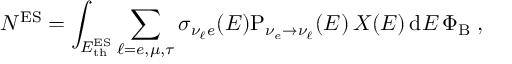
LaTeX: N ^ { \mathrm { E S } } = \int _ { { E _ { \mathrm { t h } } ^ { \mathrm { E S } } } } \sum _ { \ell = e , \mu , \tau } \sigma _ { \nu _ { \ell } e } ( E ) \mathrm { P } _ { \nu _ { e } \to \nu _ { \ell } } ( E ) \, X ( E ) \, { \mathrm { d } } E \, \Phi _ { \mathrm { B } } \; ,